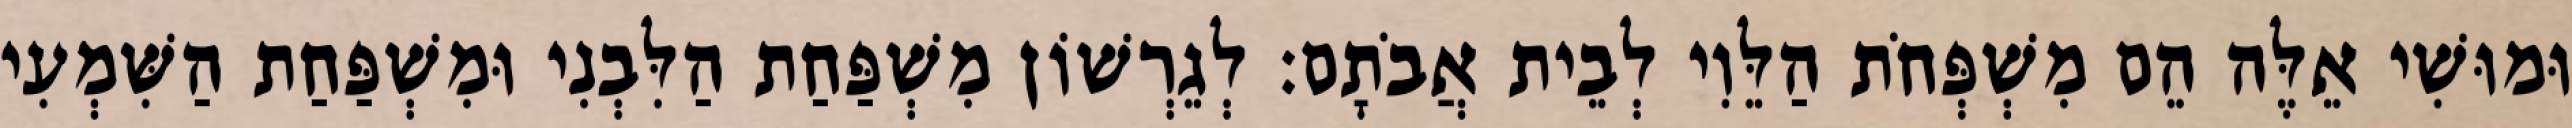
וּמוּשִׁי אֵלֶּה הֵם מִשְׁפְּחֹת הַלֵּוִי לְבֵית אֲבֹתָם׃ לְגֵרְשׁוֹן מִשְׁפַּחַת הַלִּבְנִי וּמִשְׁפַּחַת הַשִּׁמְעִי